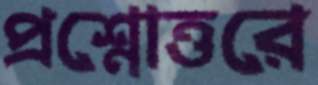
প্রশ্নোত্তরে